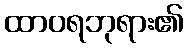
ထာဝရဘုရား၏